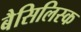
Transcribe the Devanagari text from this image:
बैसिलिस्क